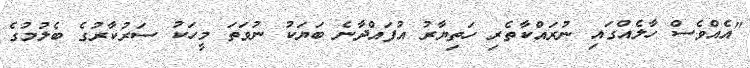
"އެއްވެސް ހާލެއްގައި ނުރައްކާތެރި ހަތިޔާރު އުފައްދާނެ ބަޔަކު ނުވަތަ މީހަކު ސަރުކާރުގެ ބެލުމުގެ